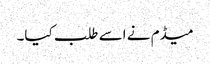
میڈم نے اسے طلب کیا۔